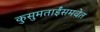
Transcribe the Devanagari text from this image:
कुसुमताईंसमवेत